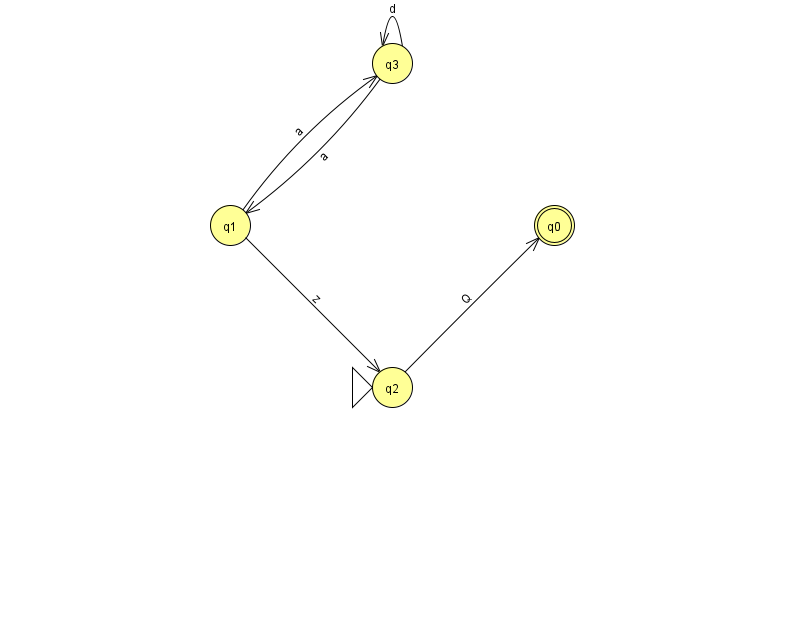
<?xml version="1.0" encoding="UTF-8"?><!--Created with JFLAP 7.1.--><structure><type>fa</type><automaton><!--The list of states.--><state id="0" name="q0"><x>554.0</x><y>212.0</y><final/></state><state id="1" name="q1"><x>230.0</x><y>212.0</y></state><state id="2" name="q2"><x>392.0</x><y>374.0</y><initial/></state><state id="3" name="q3"><x>392.0</x><y>50.0</y></state><!--The list of transitions.--><transition><from>1</from><to>3</to><read>a</read></transition><transition><from>3</from><to>1</to><read>a</read></transition><transition><from>1</from><to>2</to><read>z</read></transition><transition><from>3</from><to>3</to><read>d</read></transition><transition><from>2</from><to>0</to><read>Q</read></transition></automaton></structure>